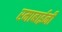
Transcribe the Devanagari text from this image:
रमाबाईनी